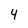
Character: 4